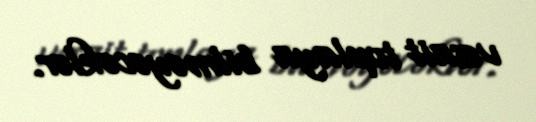
vəsait toplaya bilməyəcəklər.